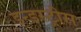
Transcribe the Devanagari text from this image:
इन्डस्ट्रीस